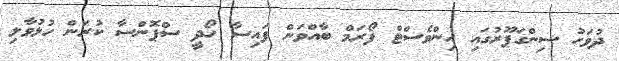
ދުވަހު ސިންގަޕޫރުގައި އިންވެސްޓް ފޯރަމް ބާއްވަން ފައިސާ ހޯދީ ސްޕޮންސާ ކުރަން ހުޅުވާލި